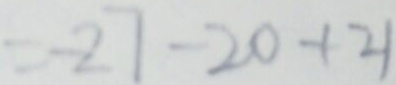
= - 2 7 - 2 0 + 2 1